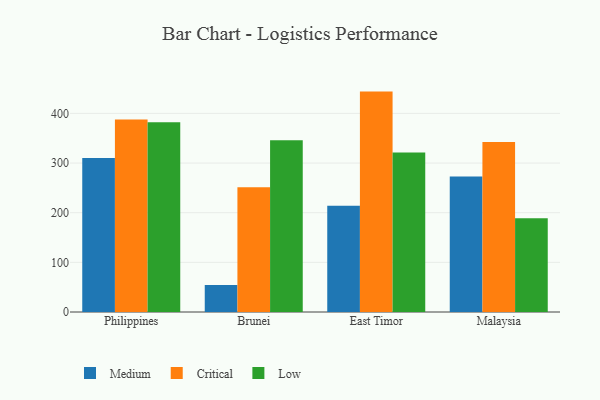
{"axis": {"x": "Country", "y": "Budget (USD K)"}, "legend": ["Critical", "Low", "Medium"], "data": [{"x": "Philippines", "y": 310.3, "type": "Medium"}, {"x": "Philippines", "y": 387.8, "type": "Critical"}, {"x": "Philippines", "y": 382.3, "type": "Low"}, {"x": "Brunei", "y": 54.6, "type": "Medium"}, {"x": "Brunei", "y": 251.4, "type": "Critical"}, {"x": "Brunei", "y": 345.9, "type": "Low"}, {"x": "East Timor", "y": 214.0, "type": "Medium"}, {"x": "East Timor", "y": 443.9, "type": "Critical"}, {"x": "East Timor", "y": 321.1, "type": "Low"}, {"x": "Malaysia", "y": 272.9, "type": "Medium"}, {"x": "Malaysia", "y": 342.3, "type": "Critical"}, {"x": "Malaysia", "y": 188.9, "type": "Low"}]}